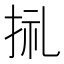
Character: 𢬦